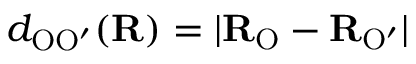
d _ { \mathrm { O O ^ { \prime } } } ( \mathbf { R } ) = | \mathbf { R } _ { \mathrm { O } } - \mathbf { R } _ { \mathrm { O ^ { \prime } } } |